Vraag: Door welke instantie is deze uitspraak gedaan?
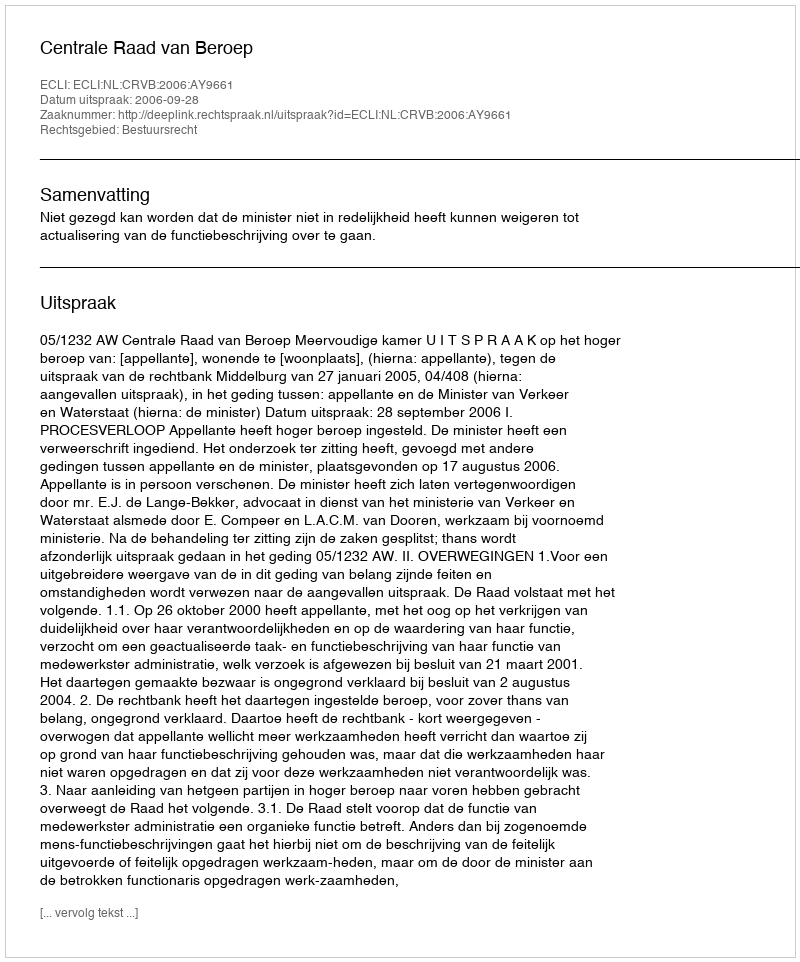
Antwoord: Centrale Raad van Beroep